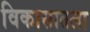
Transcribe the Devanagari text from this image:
विकासातला